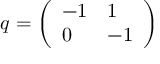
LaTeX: q = { \left( \begin{array} { l l } { - 1 } & { 1 } \\ { 0 } & { - 1 } \end{array} \right) }